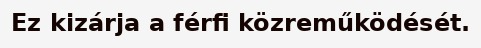
Ez kizárja a férfi közreműködését.